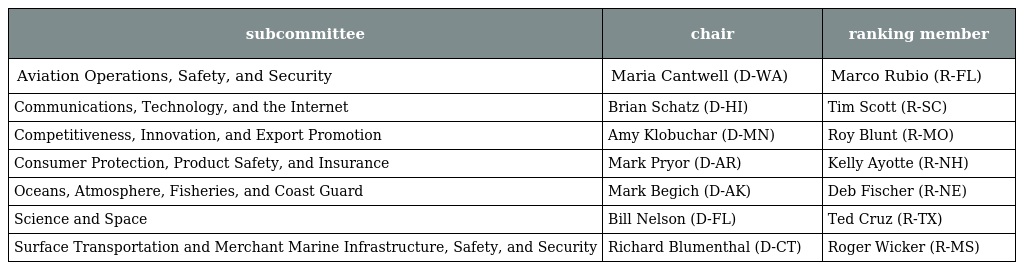
| subcommittee | chair | ranking member |
 | --- | --- | --- |
 | Aviation Operations, Safety, and Security | Maria Cantwell (D-WA) | Marco Rubio (R-FL) |
 | Communications, Technology, and the Internet | Brian Schatz (D-HI) | Tim Scott (R-SC) |
 | Competitiveness, Innovation, and Export Promotion | Amy Klobuchar (D-MN) | Roy Blunt (R-MO) |
 | Consumer Protection, Product Safety, and Insurance | Mark Pryor (D-AR) | Kelly Ayotte (R-NH) |
 | Oceans, Atmosphere, Fisheries, and Coast Guard | Mark Begich (D-AK) | Deb Fischer (R-NE) |
 | Science and Space | Bill Nelson (D-FL) | Ted Cruz (R-TX) |
 | Surface Transportation and Merchant Marine Infrastructure, Safety, and Security | Richard Blumenthal (D-CT) | Roger Wicker (R-MS) |